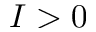
I > 0